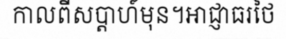
កាលពីសប្តាហ៍មុន។អាជ្ញាធរថៃ